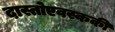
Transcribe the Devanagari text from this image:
दास्तोएवस्ककी